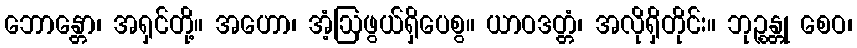
ဘောန္တော၊ အရှင်တို့။ အဟော၊ အံ့ဩဖွယ်ရှိပေစွ။ ယာဝဒတ္တံ၊ အလိုရှိတိုင်း။ ဘုဉ္စန္တု စေဝ၊